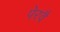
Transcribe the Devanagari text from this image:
पेरवै